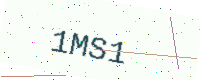
Text: 1MS1